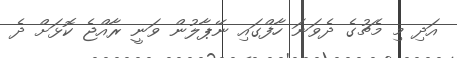
އަދި މި މެޗުގެ ދެވަނަ ހާފްގައި ނޭޕާލުން ވަނީ ރާއްޖެ ކޮޅަށް ދެ